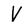
Character: V